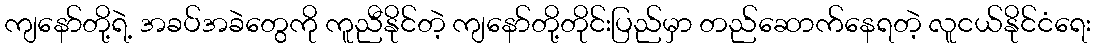
ကျနော်တို့ရဲ့ အခပ်အခဲတွေကို ကူညီနိုင်တဲ့ ကျနော်တို့တိုင်းပြည်မှာ တည်ဆောက်နေရတဲ့ လူငယ်နိုင်ငံရေး